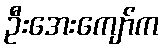
ဦးအေးကျော်က